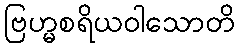
ဗြဟ္မစရိယဝါသောတိ